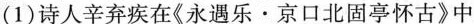
(1)诗人辛弃疾在《永遇乐·京口北固亭怀古》中